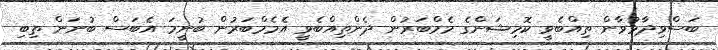
ބަސްވިދާޅުވާން ތިއްބެވީ ކޮމިޝަންގެ މެމްބަރުން ދެންތިއްބެވީ އެމެމްބަރުން ބުނީމަ އެބަސް ބުނަން ތިބި